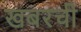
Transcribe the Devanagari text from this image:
खबरची